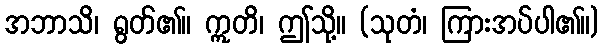
အဘာသိ၊ ရွတ်၏။ ဣတိ၊ ဤသို့။ (သုတံ၊ ကြားအပ်ပါ၏။)